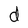
Character: d